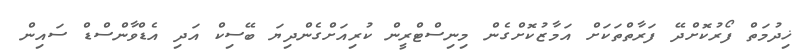
ޚިދުމަތް ފޯރުކޮށްދޭ ފަރާތްތަކަށް އަމާޒުކޮށްގެން މިނިސްޓްރީން ކުރިއަށްގެންދިޔަ ބޭސިކް އަދި އެޑްވާންސްޑް ސައިން